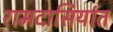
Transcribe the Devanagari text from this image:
रामदासियांत